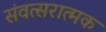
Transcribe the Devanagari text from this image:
संवत्सरात्मक